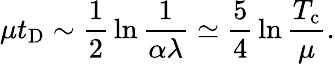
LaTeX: \mu t_{\mathrm{D}}\sim{\frac{1}{2}}\ln{\frac{1}{\alpha\lambda}}\simeq{\frac{5}{4}}\ln{\frac{T_{\mathrm{c}}}{\mu}}.